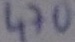
Text: 470